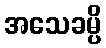
အသေခမ္ပိ